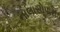
નાલાસોપારા